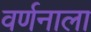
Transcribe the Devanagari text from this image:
वर्णनाला